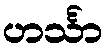
ဟင်္သာ